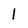
Character: 1